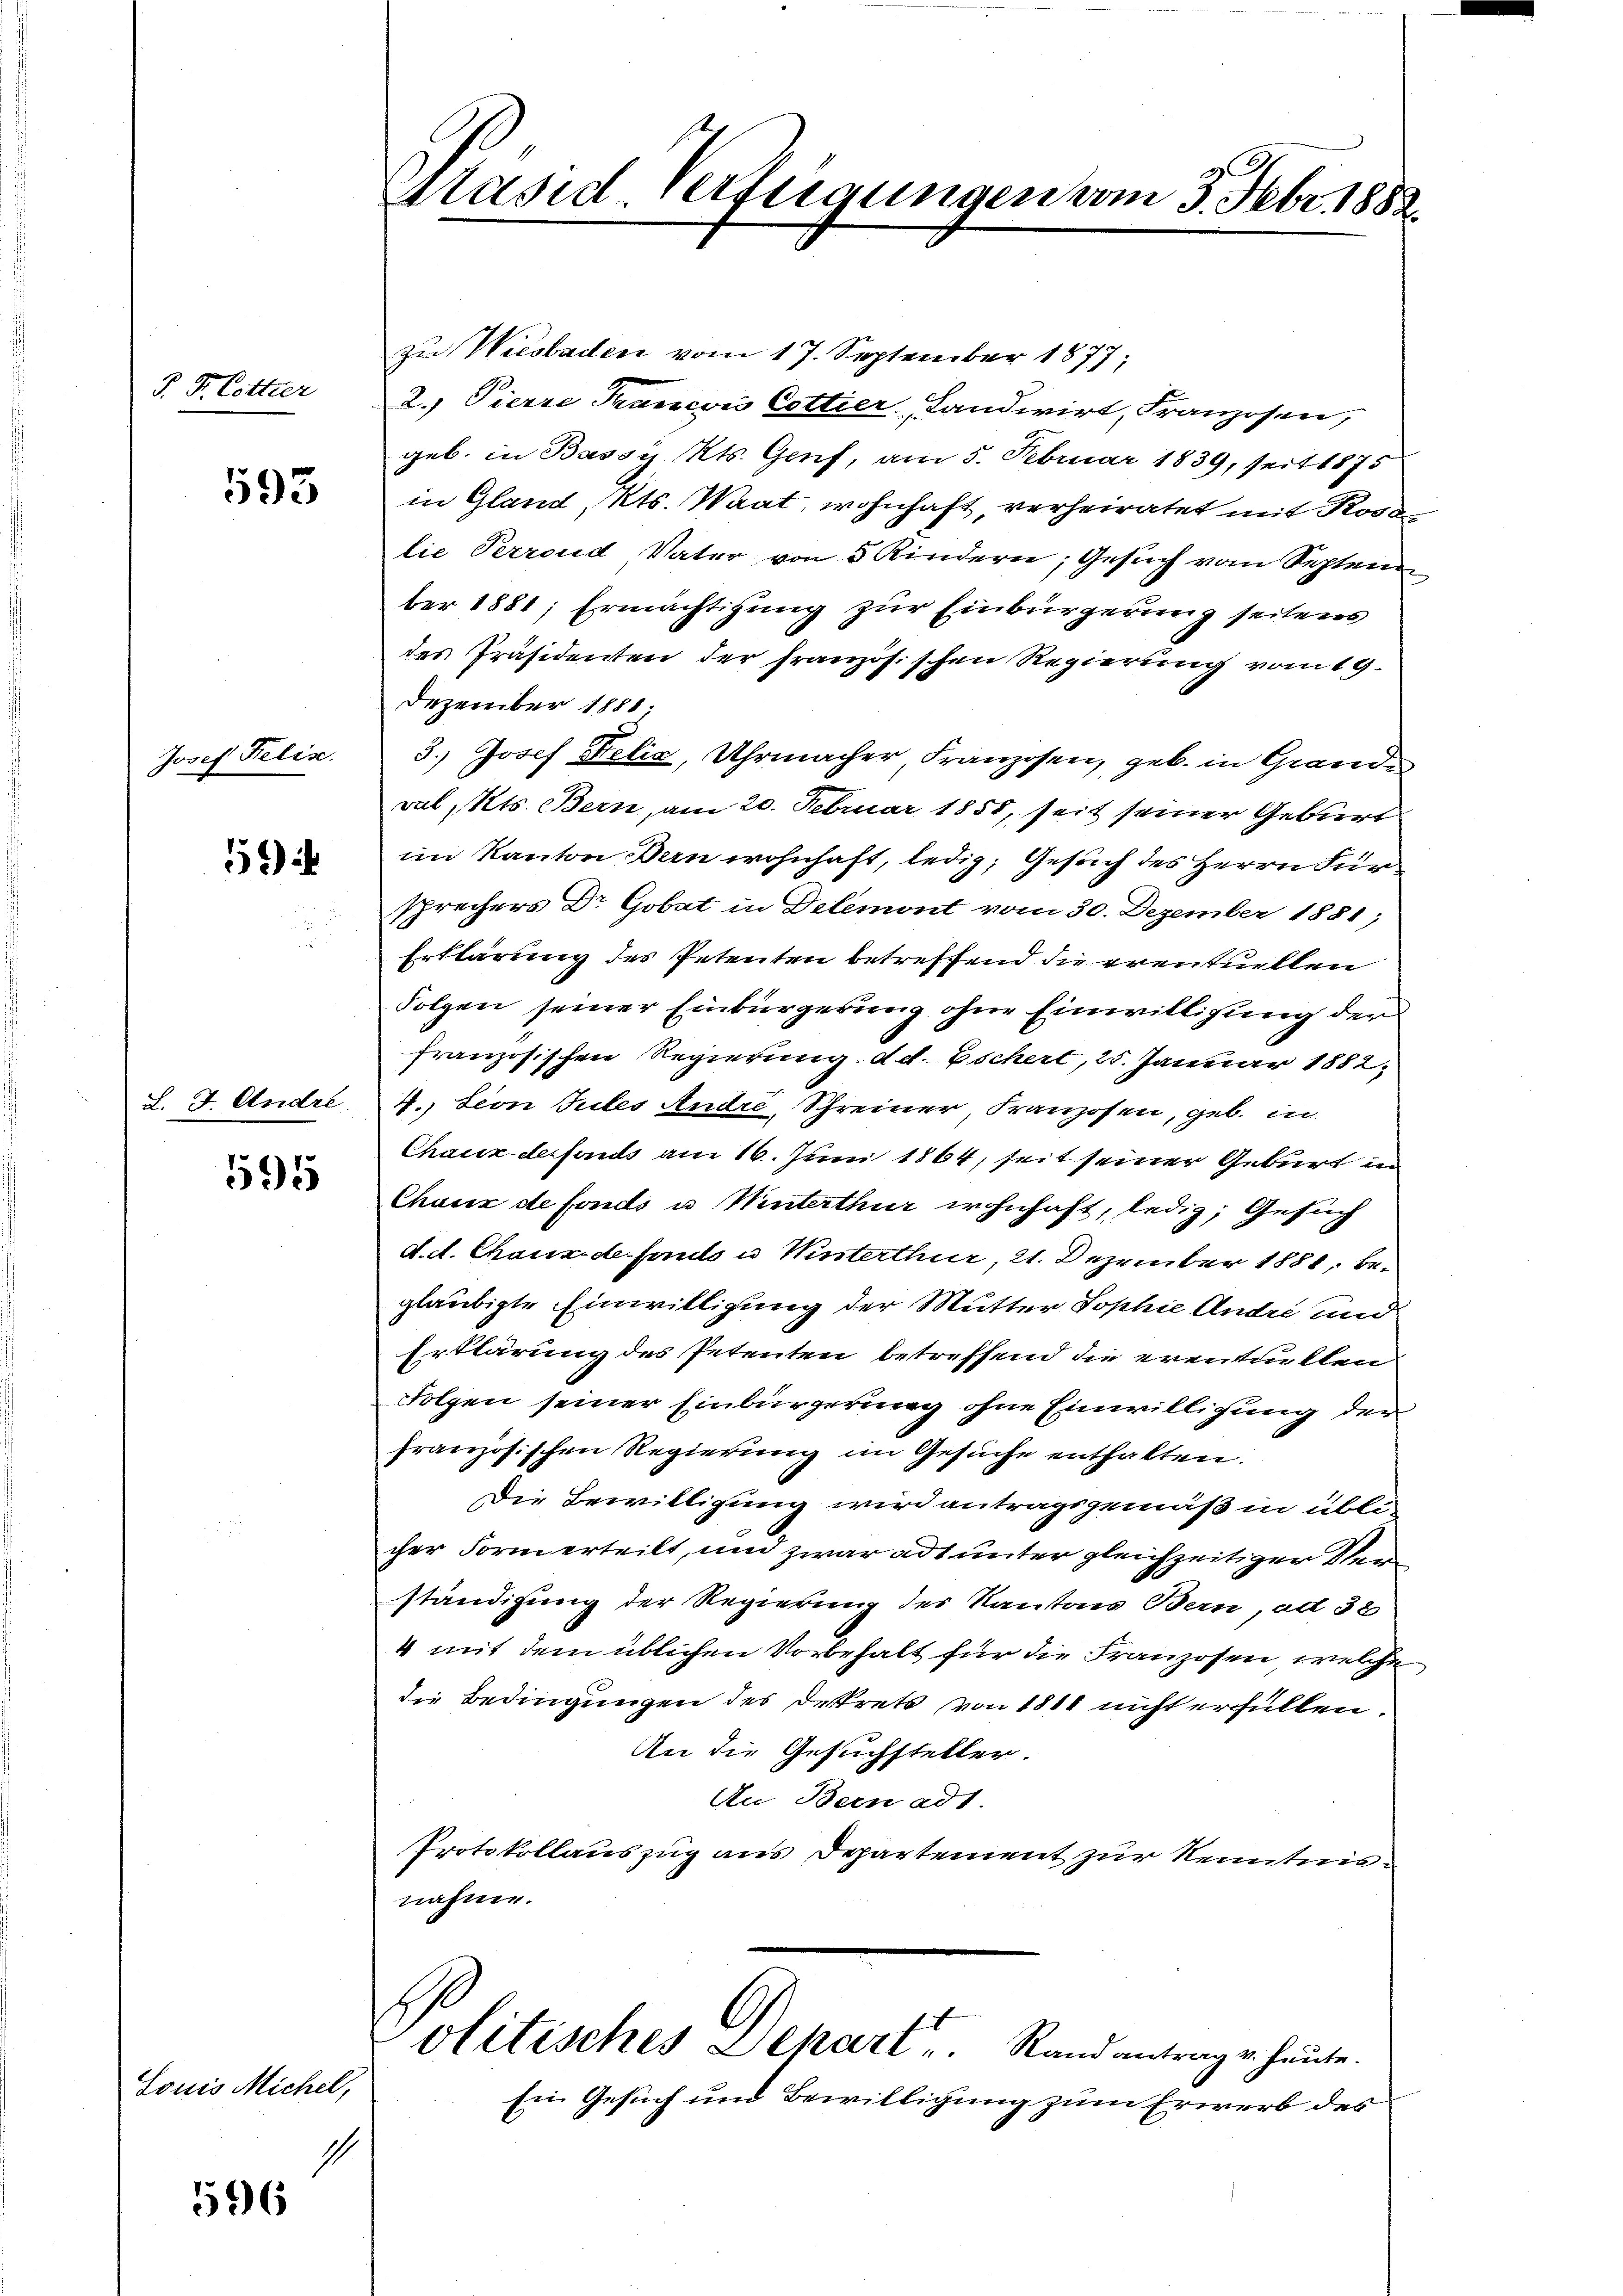
F. P. Cetter

593

Josef Relisc

5

L. J. Andre.

595

Louis Michel,

596

Präsid Verfügungen vom 3. Febr. 1882.

zu Wiesbaden vom 17. September 1877;
2.) Pierre Francon Cottier, Landwirt, Franzosen,
geb. in Bassy Kts. Genf, am 5. Februar 1839, seit 1875
in Gland, Kts. Waat, wohnhaft, verheiratet mit Ross
lie Perrond, Vater von 5 Kindern, Gesuch vom Septen
ber 1881; Ermächtigung zur Einbürgerung seitens
des Präsidenten der französischen Regierung vom 19.
Dezember 1881.
3.) Josef Delić, Uhrmacher, Franzosen, geb. in Grande
val Mts. Bern, am 20. Februar 1855, seit seiner Geburt
im Kanton Bern wohnhaft, ledig, Gesuch des Herrn Für
sprechers Dr Gobat in Delémont vom 30. Dezember 1881;
Erklärung des Petenten betreffend die eventuellen
Folgen seiner Einbürgerung ohne Einwilligung der
französischen Regierung de. Eschert, 25. Januar 1882,
4. Von Gutes Andre, Schreiner, Franzosen, geb. in
Chaux-derfonds am 16. Juni 1864, seit seiner Geburt in
Chaux de fonds u Winterthur wohnhaft, ledig, Gesuch
d. d. Chaux de fonds u Winterthur, 21. Dezember 1881, begläubigte Einwilligung der Mutter Sophie Andri und
Erklärung des Petenten betreffend die erenturklagen
Folgen seiner Einbürgerung ohne Einwilligung der
französischen Regierung im Gesuche enthalten.
Die Bewilligung wird antragsgemäß in üblicher Form erteilt, und zwar adt unter gleichzeitiger Verständigung der Regierung des Kantons Bern, ad 32
4 mit dem üblichen Vorbehalt für die Franzosen, welche
die Bedingungen des Dekrets von 1811 nicht erfüllen.
An die Gesuchsteller.
An Bern ad1.
Protokollauszug aus Departement zur Kenntnisnähme.
t
olitisches Lekari " Rand antrag u. heŭte.
Ein Gesuch und Bewilligung zum Erwerb des